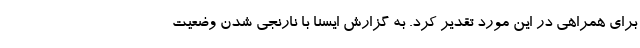
برای همراهی در این مورد تقدیر کرد. به گزارش ایسنا با نارنجی شدن وضعیت